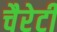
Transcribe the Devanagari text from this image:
चैरेटी